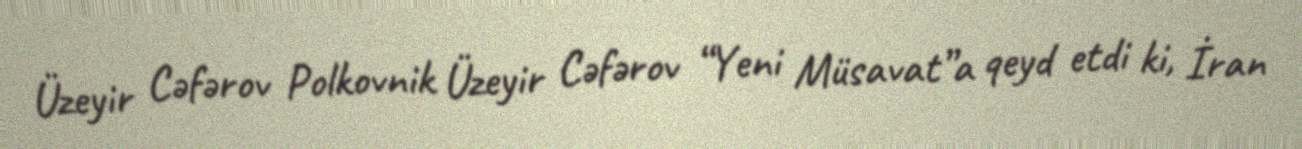
Üzeyir Cəfərov Polkovnik Üzeyir Cəfərov “Yeni Müsavat”a qeyd etdi ki, İran